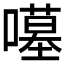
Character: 𱕈